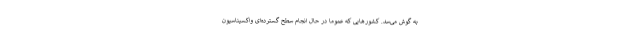
به گوش می‌سد. کشورهایی که عموما در حال انجام سطح گسترده‌ای واکسیناسیون